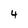
Character: 4